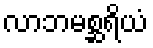
လာဘမစ္ဆရိယံ